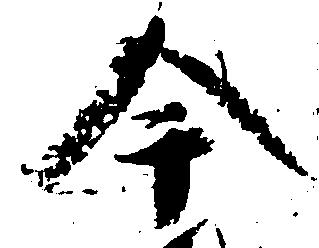
今